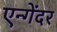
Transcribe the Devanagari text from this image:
एन्गेंदर